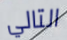
التالي